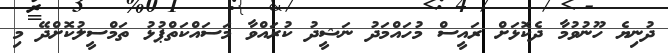
ދުނިޔެ ހޫނުވުމާ ދެކޮޅަށް ރައީސް މުހައްމަދު ނަޝީދު ކުރައްވާ މަސައްކަތްޕުޅު ތަމްސީލުކޮށްދޭ މި